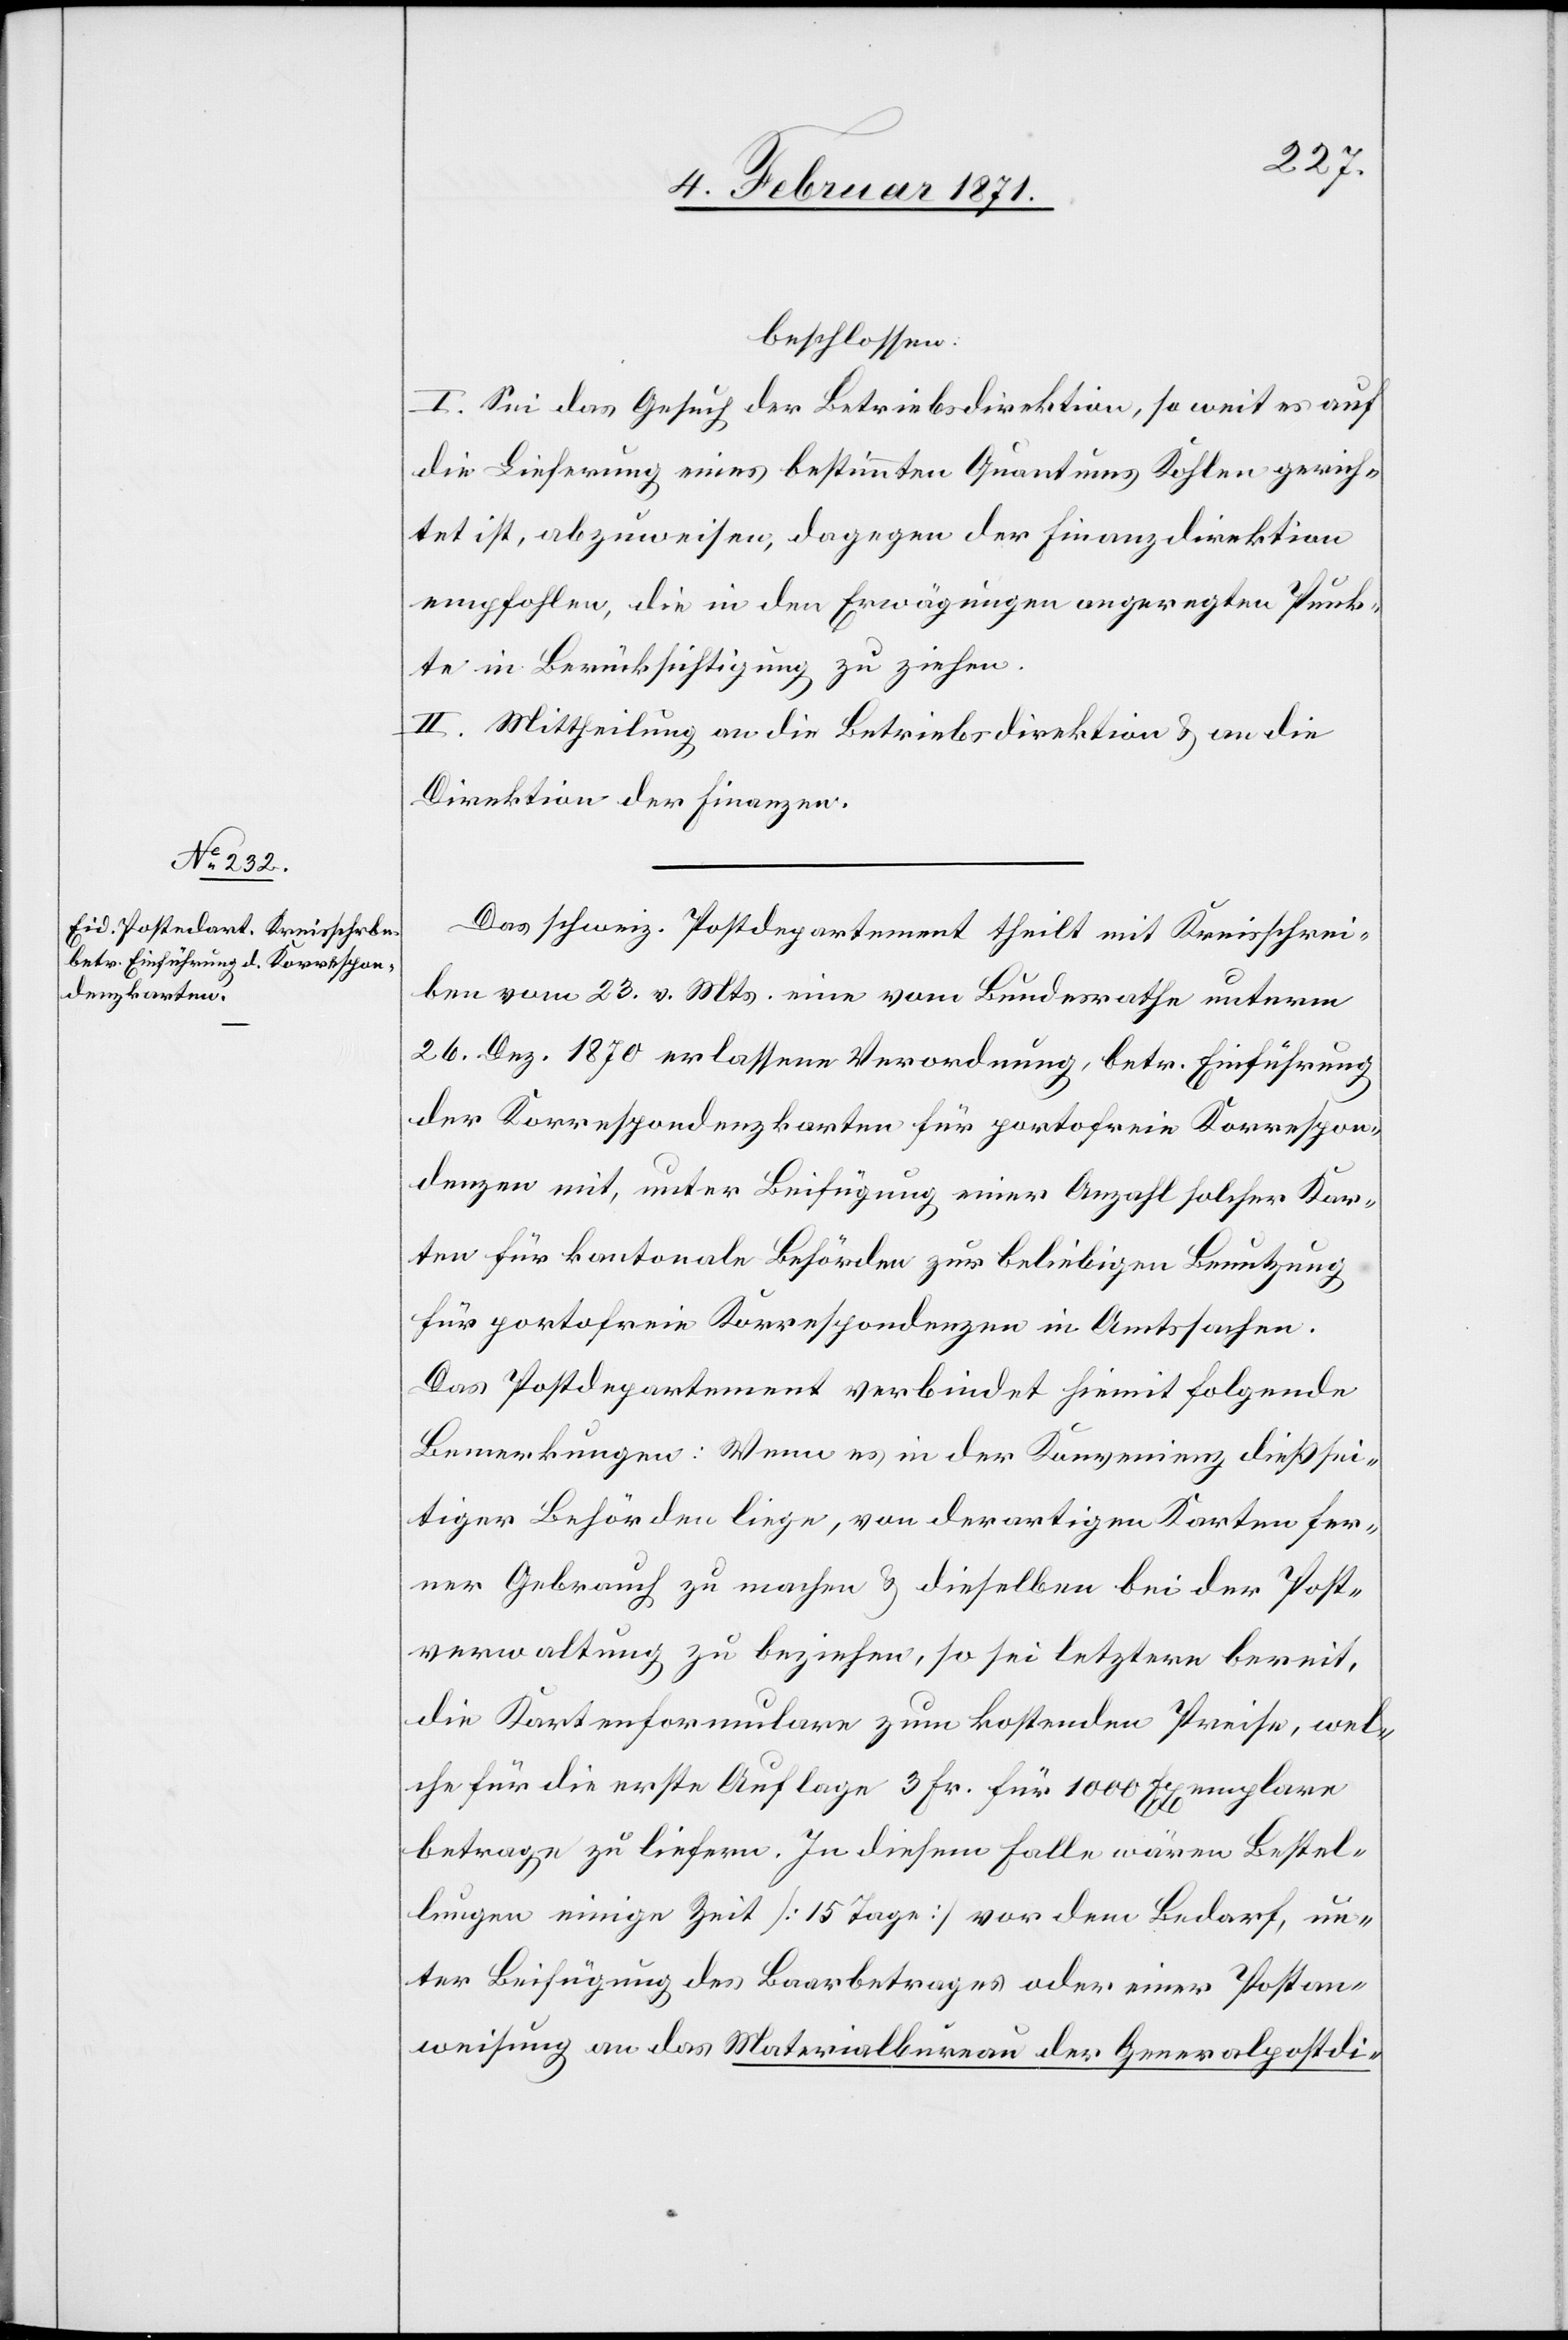
beschlossen:
I. Sei das Gesuch der Betriebsdirektion, so weit es auf
die Lieferung eines bestimmten Quantums Kohlen gerich¬
tet ist, abzuweisen, dagegen der Finanzdirektion
empfohlen, die in den Erwägungen angeregten Punk¬
te in Berücksichtigung zu ziehen.
II. Mittheilung an die Betriebsdirektion u. an die
Direktion der Finanzen.
Das schweiz. Postdepartement theilt mit Kreisschrei¬
ben vom 23. v. Mts. eine vom Bundesrathe unterm
26. Dez. 1870 erlassene Verordnung, betr. Einführung
der Korrespondenzkarten für portofreie Korrespon¬
denzen mit, unter Beifügung einer Anzahl solcher Kar¬
ten für kantonale Behörden zur beliebigen Benutzung
für portofreie Korrespondenzen in Amtssachen.
Der Postdepartement verbindet hiemit folgende
Bemerkungen: Wenn es in der Konvenienz dießsei¬
tiger Behörden liege, von derartigen Karten fer¬
ner Gebrauch zu machen u. dieselben bei der Post¬
verwaltung zu beziehen, so sei letztere bereit,
die Kartenformulare zum kostenden Preise, wel¬
che für die erste Auflage 3 Fr. für 1000 Exemplare
betrage zu liefern. In diesem Falle wären Bestel¬
lungen einige Zeit [15 Tage] vor dem Bedarf, un¬
ter Beifügung des Baarbetrages oder einer Postan¬
weisung an das Materialbureau der Generalpostdi-